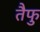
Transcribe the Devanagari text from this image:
तैफु